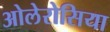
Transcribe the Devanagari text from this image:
ओलेरोसिया